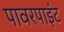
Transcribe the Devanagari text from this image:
पावरपाइंट